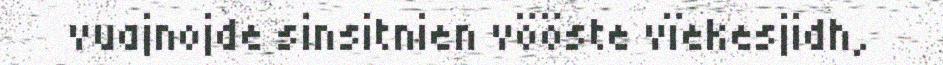
vuajnojde sinsitnien vööste vïekesjidh,